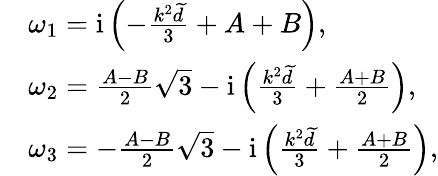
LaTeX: \begin{array}{rl}&{\omega_{1}=\mathrm{i}\left(-\frac{k^{2}\widetilde{d}}{3}+A+B\right),}\\ &{\omega_{2}=\frac{A-B}{2}\sqrt{3}-\mathrm{i}\left(\frac{k^{2}\widetilde{d}}{3}+\frac{A+B}{2}\right),}\\ &{\omega_{3}=-\frac{A-B}{2}\sqrt{3}-\mathrm{i}\left(\frac{k^{2}\widetilde{d}}{3}+\frac{A+B}{2}\right),}\end{array}